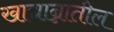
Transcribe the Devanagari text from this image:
खाद्यान्नातील